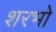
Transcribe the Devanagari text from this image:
शरभो